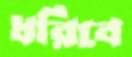
ধরিবে